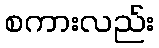
စကားလည်း